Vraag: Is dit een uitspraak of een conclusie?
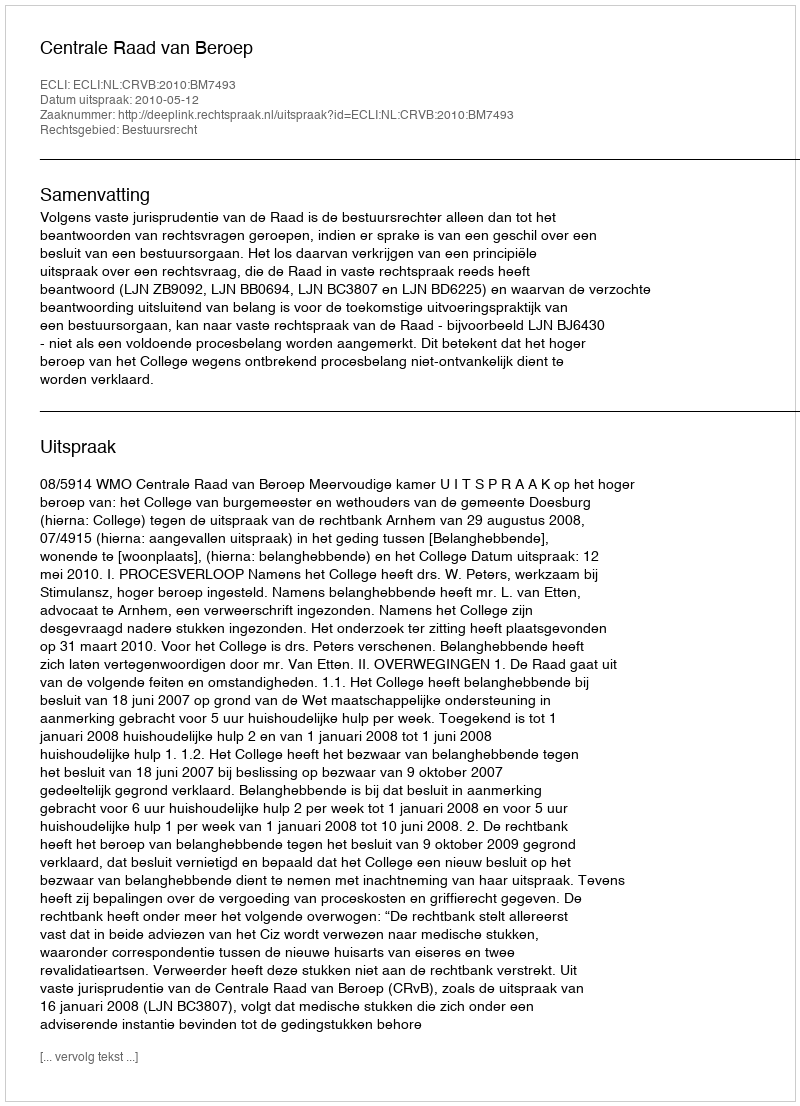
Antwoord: Uitspraak